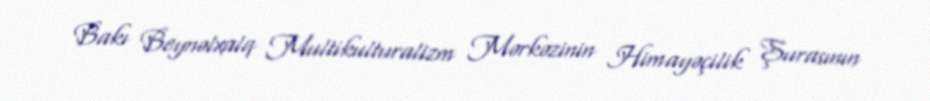
Bakı Beynəlxalq Multikulturalizm Mərkəzinin Himayəçilik Şurasının